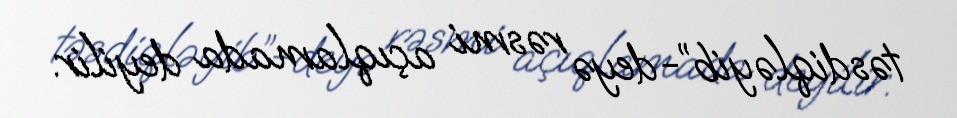
təsdiqləyib”-deyə rəsmi açıqlamada deyilir.